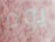
يوم